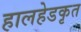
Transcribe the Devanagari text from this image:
हालहेडकृत